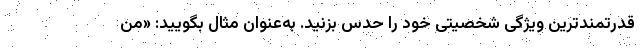
قدرتمندترین ویژگی شخصیتی خود را حدس بزنید. به‌عنوان مثال بگویید: «من